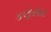
કણસાઇ